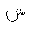
Letter: _shin